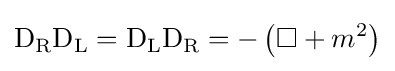
\mathrm {D} _{\rm {R}}\mathrm {D} _{\rm {L}}=\mathrm {D} _{\rm {L}}\mathrm {D} _{\rm {R}}=-\left(\square +m^{2}\right)